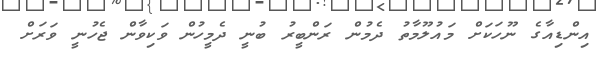
އިންޑިއާގެ ނޫހަކަށް މައުލޫމާތު ދެމުން ރަންބީރު ބުނީ ދެމީހުން ވަކިވާން ޖެހުނީ ވަރަށް